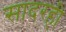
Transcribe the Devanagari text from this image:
सादरही